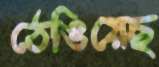
ঠেঙিয়েছ